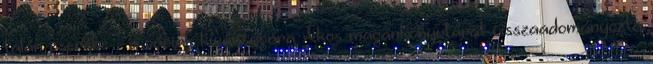
talán cserébe – a váciak kívánságára Ákos magánkönyvtárát visszaadományozta